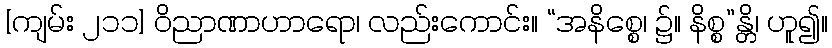
[ကျမ်း ၂၁၁] ဝိညာဏာဟာရော၊ လည်းကောင်း။ “အနိစ္စေ၊ ၌။ နိစ္စ”န္တိ၊ ဟူ၍။